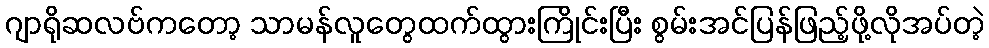
ဂျာရိုဆလဗ်ကတော့ သာမန်လူတွေထက်ထွားကြိုင်းပြီး စွမ်းအင်ပြန်ဖြည့်ဖို့လိုအပ်တဲ့